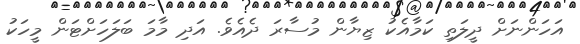
އަހަންނަށް ދީލަތި ކަމާއެކު ޒިޔާން މުސާރަ ދެއެވެ. އަދި މާމަ ބަލަހަށްޓަން މީހަކު